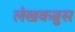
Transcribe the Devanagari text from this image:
लेखकब्रुस